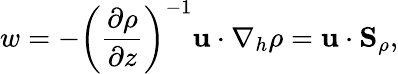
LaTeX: w=-\left(\frac{\partial\rho}{\partial z}\right)^{-1}{\mathbf u}\cdot\nabla_{h}\rho={\mathbf u}\cdot{\mathbf S}_{\rho},